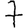
Digit: 7